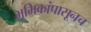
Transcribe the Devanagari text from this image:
भूमिकांपासूनच